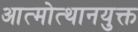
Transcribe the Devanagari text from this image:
आत्मोत्थानयुक्त